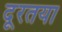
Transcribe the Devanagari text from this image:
दूरतया